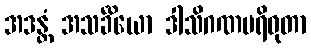
အဒန္တံ အသင်္ခိယော ဒါသိဂဏပရိဝုတာ